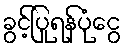
ခွင့်ပြုရန်ပုံငွေ